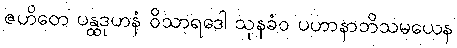
ဇဟိတေ ပန္ထဒုဟနံ ဝိသာရဒေါ သုနခံဝ ပဟာနာဘိသမယေန